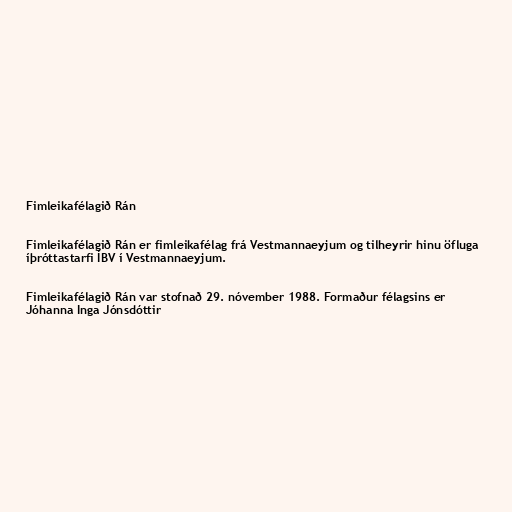
Fimleikafélagið Rán

Fimleikafélagið Rán er fimleikafélag frá Vestmannaeyjum og tilheyrir hinu öfluga
íþróttastarfi ÍBV í Vestmannaeyjum.

Fimleikafélagið Rán var stofnað 29. nóvember 1988. Formaður félagsins er
Jóhanna Inga Jónsdóttir